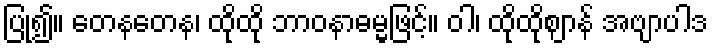
ပြု၍။ တေနတေန၊ ထိုထို ဘာဝနာဓမ္မဖြင့်။ ဝါ၊ ထိုထိုဈာန် အဗျာပါဒ